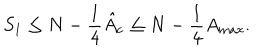
S _ { 1 } \leq N - \frac { 1 } { 4 } \hat { A } _ { \mathrm { c } } \leq N - \frac { 1 } { 4 } A _ { \mathrm { m a x } } .